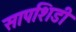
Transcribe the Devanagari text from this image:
सापशिडी